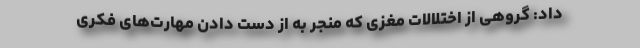
داد: گروهی از اختلالات مغزی که منجر به از دست دادن مهارت‌های فکری